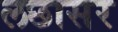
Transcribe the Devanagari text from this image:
लछासर